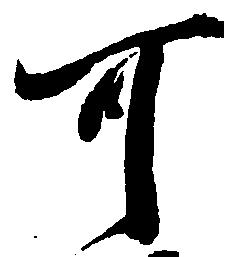
可